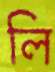
লি